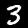
Label: 3